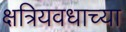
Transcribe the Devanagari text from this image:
क्षत्रियवधाच्या